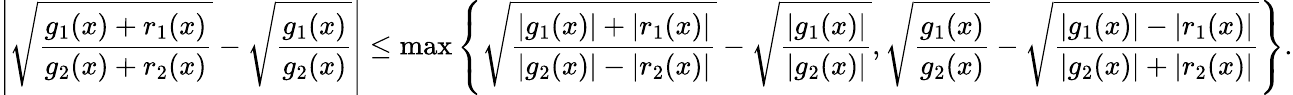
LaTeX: \left|\sqrt{\frac{g_{1}(x)+r_{1}(x)}{g_{2}(x)+r_{2}(x)}}-\sqrt{\frac{g_{1}(x)}{g_{2}(x)}}\right|\leq\operatorname*{max}\left\{ \sqrt{\frac{|g_{1}(x)|+|r_{1}(x)|}{|g_{2}(x)|-|r_{2}(x)|}}-\sqrt{\frac{|g_{1}(x)|}{|g_{2}(x)|}},\sqrt{\frac{g_{1}(x)}{g_{2}(x)}}-\sqrt{\frac{|g_{1}(x)|-|r_{1}(x)|}{|g_{2}(x)|+|r_{2}(x)|}}\right\} .